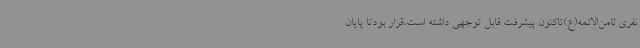
نفری ثامن‌الائمه(ع)تاکنون پیشرفت قابل توجهی داشته است،قرار بودتا پایان